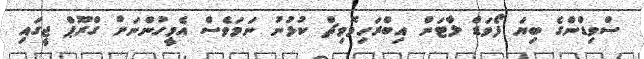
ސްވިޑްންގެ ބިޔަ ފޯވަޑް ލާޓަން އިބްރަހިމޮވިޗް ކުޅުނު ނަމަވެސް އެމީހުންނަށް ގްރޫޕް ޖީގައި